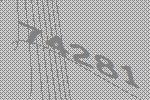
74281